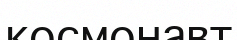
космонавт